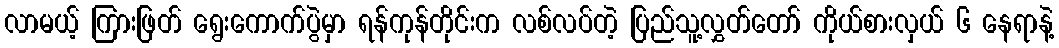
လာမယ့် ကြားဖြတ် ရွေးကောက်ပွဲမှာ ရန်ကုန်တိုင်းက လစ်လပ်တဲ့ ပြည်သူ့လွှတ်တော် ကိုယ်စားလှယ် ၆ နေရာနဲ့